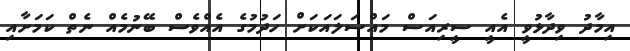
އިމާދު ވިދާޅުވީ އެއީ ސީރިއަސް މައްސަލައަކަށް ހަދުމުގެ އެއްވެސް ބޭނުމެއް ނެތް ކަމަށާއި